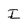
Character: I